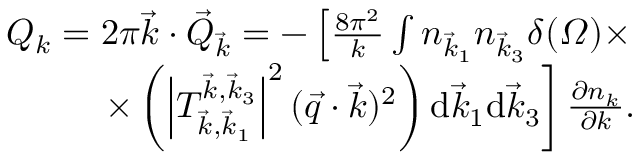
\begin{array} { r } { Q _ { k } = 2 \pi \vec { k } \cdot \vec { Q } _ { \vec { k } } = - \left[ \frac { 8 \pi ^ { 2 } } k \int n _ { \vec { k } _ { 1 } } n _ { \vec { k } _ { 3 } } \delta ( \varOmega ) \times \right. } \\ { \left. \times \left( \left| T _ { \vec { k } , \vec { k } _ { 1 } } ^ { \vec { k } , \vec { k } _ { 3 } } \right| ^ { 2 } ( \vec { q } \cdot \vec { k } ) ^ { 2 } \right) \mathrm d \vec { k } _ { 1 } \mathrm d \vec { k } _ { 3 } \right] \frac { \partial n _ { k } } { \partial k } . } \end{array}